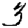
Digit: 3